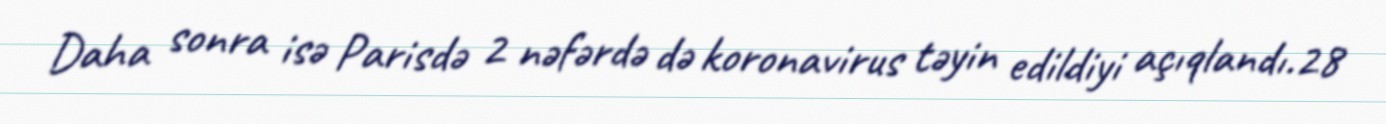
Daha sonra isə Parisdə 2 nəfərdə də koronavirus təyin edildiyi açıqlandı.28